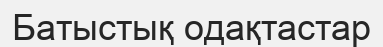
Батыстық одақтастар